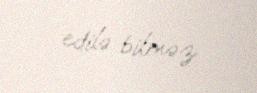
edilə bilməz.